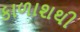
કાળાશથી